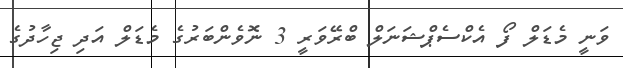
ވަނީ މެޑަލް ފޯ އެކްސެޕްޝަނަލް ބްރޭވަރީ 3 ނޮވެންބަރުގެ މެޑަލް އަދި ޖިހާދުގެ